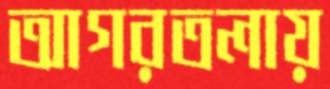
আগরতলায়